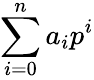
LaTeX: \sum_{i=0}^{n}a_{i}p^{i}